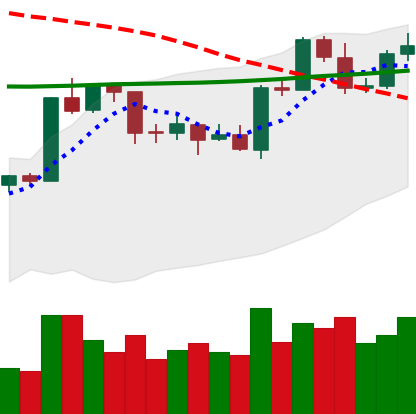
Ticker: ETH-USD
Chart end date: 2020-04-23
Forward return: 7.235%
Label: up_7plus